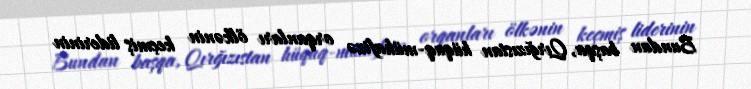
Bundan başqa, Qırğızıstan hüquq-mühafizə orqanları ölkənin keçmiş liderinin